Rangoon Lunatic Asylum 1898-1906 - 1898-1906
Year: 1898
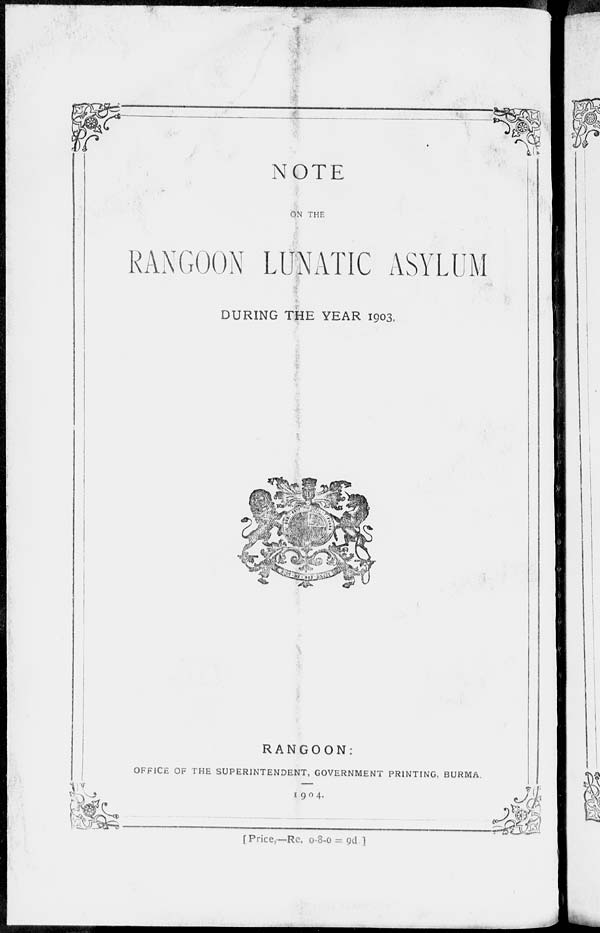
NOTE
ON THE
RANGOON LUNATIC ASYLUM
DURING THE YEAR 1903.
RANGOON:
OFFICE OF THE SUPERINTENDENT, GOVERNMENT PRINTING, BURMA.
1904.
[ Price,—Re. 0-8-0 = 9d ]